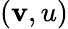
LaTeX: (\mathbf{v},u)